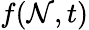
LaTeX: f(\mathcal{N},t)